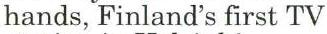
hands, Finland's first TV